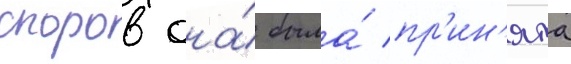
споров она́ была́ пр'ин'ята